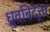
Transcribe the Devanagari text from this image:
ध्रुवबिंदूंना